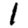
Digit: 1